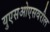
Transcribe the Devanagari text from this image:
युएसओएसवरील